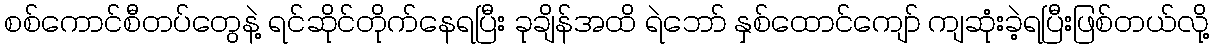
စစ်ကောင်စီတပ်တွေနဲ့ ရင်ဆိုင်တိုက်နေရပြီး ခုချိန်အထိ ရဲဘော် နှစ်ထောင်ကျော် ကျဆုံးခဲ့ရပြီးဖြစ်တယ်လို့